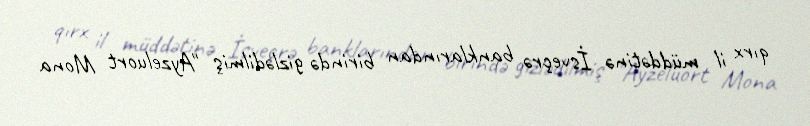
qırx il müddətinə İsveçrə banklarından birində gizlədilmiş "Ayzeluort Mona